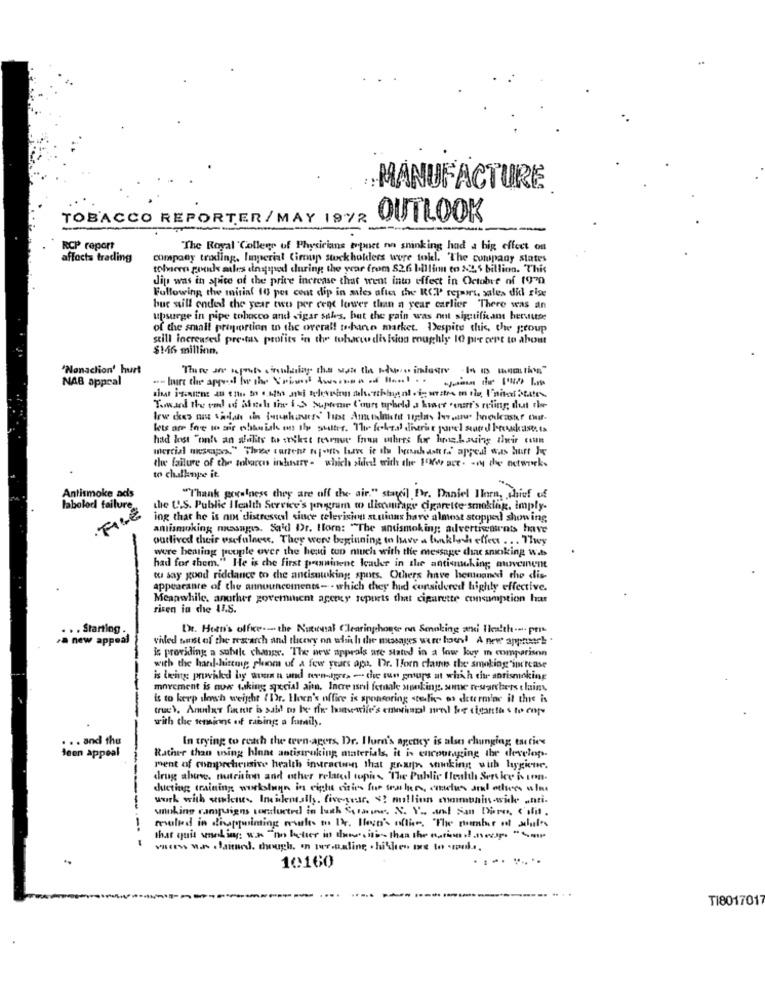
MANUFACTURE
TOBACCO REPORTER /MAY 1972
OUTLOOK
RCP report
The Royal College of Physicians trpoet nn sninking had a big effect on
affocta trading
company trading, Imperial Ciroup stockholders were toll. "The company states
tolveen goods ailes dagypod during the year from 82.6 billion to 225 billion. This
dip was in spite of the price increase that went into effect in Octobre of 1970
Following the misia( 10 por cent dip in aales after the RCP repairs, sales dhl rige
but still ended the year two per cent lower than a year carlier There was an
upsurge in pipe tobacco and sigar sales, but the pain was not significant hervuse
of the small proportion to the overall tobarn market. Despite this, the group
still increased prestas profits in the tobacco division roughly 10 pre cept to about
$146 million.
"Nonaction' hurt
NAB appeal
-- but the argued he the Crimes twoonen of Bowl ..
Toward the void off adutch the IS Supreme l'ours upheld a kvet 'ouart's reling dut the
had lost "on's an alalits to socket ternur friun wahres for hoe.having their coun
mercial mesepas," The current No fvMts lave ie ihn beenhast ti' appeal was hurt he
the failure of the tobacco industry - which side! with ce l'ho ace- - the network.
to challenge it
Antismoke ads
labolod failure
"Thank goratness they are off the air." stayil Fr. Daniel Ilorn, chief of
the U.S. Public Health Service's program to discourage cigarette smoking, imply-
FILE
ing that he is not distressedl since television stuiuns have almost stopped showing
antismoking masages. Said Dr. Ilorn: "The antismoking; advertisements have
outlived their usefulness, They were beginning to have a linklash effect ... They
were beating peuple over the he won much with the message die smoking w.b
had for them." He is che first prominent leader in the antiqueking; moveinent
tu say good riddance to the ancisuwking spots. Others have hemoaned the dis-
appearance of the announcements- . which they hud considered highly effective.
Meanwhile, another government agency reports that cigarette consumption has
risen in che 11.5.
. . Starting .
De. Hoen's office -- the Natural Clearinghouse on Senoking and Health -... prit
a new appeal
vidled sust of the research and theewy on whi hi the messages were hous! A new apprwerk .
is providing a subtle change. The new appeals ate stated in a low key in comparison
with the hard-hitting gloom of a few years apt. Dr. Horn clases the smoking increase
is being prowhkd by wrin n und tern-gres - che tun groups at which tir antismoking
movement is now wiking social aitn. Incre isni feriale smoking. some researchers t lain
& to keep slowsh weight ( Dr. Hoen's office is sponsoring stodli- os determine it this is
true), Anular fintir i said mo be the hanvarile's eneringol nrel boe cigartta's to copy
with the teminne of rabing a family.
. .. and the
In trying to reach the tren-agers, Dr. Ilura's agetky is also chunging tutien
Jeen appeal
Rather than using hlone antistroking materials, it is encouraging the develop-
ment of comprehensive health instraction that grup working with hygiene.
drug abuse. nutrition and other related topis The Public Health Service is son.
shicting training workslugn in right vision for tea her, conclus and others a las
------
work with students. Incidentally, fiveyear. <! million comunis-wide wari.
unshine campaigns conducted in lech Square. N. V. and San Doro, C'His.
mouled in dissquinting makes on 1. Ileso's office. "The number of whales
--
that quit wnel ing: w.w. "no better in tousitis than the nation i !. neop. "
wacess w.h . faitun. though, in wer.Baling . hihiten ure to -mpul ...
.........
10160
TI8017017